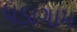
ધડાગામ